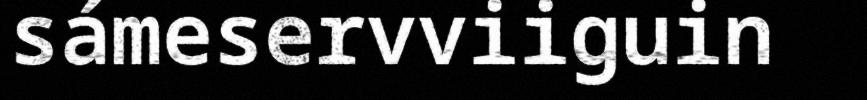
sámeservviiguin